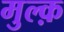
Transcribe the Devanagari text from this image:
मुल्क़